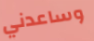
وساعدني